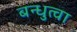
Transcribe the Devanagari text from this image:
बन्धुत्वा